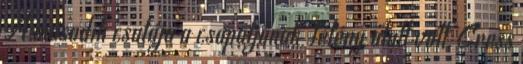
A második csatája a csapatjának Tétény alatt volt, Cress